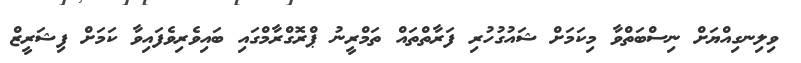
ވިލިނގިއްޔަށް ނިސްބަތްވާ މިކަމަށް ޝައުގުހުރި ފަރާތްތައް ތަމްރީނު ޕްރޮގްރާމްގައި ބައިވެރިވެފައިވާ ކަމަށް ފިޝަރީޒް